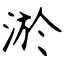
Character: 淤